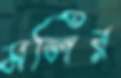
মলির